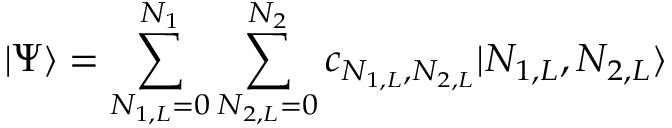
| \Psi \rangle = \sum _ { N _ { 1 , L } = 0 } ^ { N _ { 1 } } \sum _ { N _ { 2 , L } = 0 } ^ { N _ { 2 } } c _ { N _ { 1 , L } , N _ { 2 , L } } | N _ { 1 , L } , N _ { 2 , L } \rangle